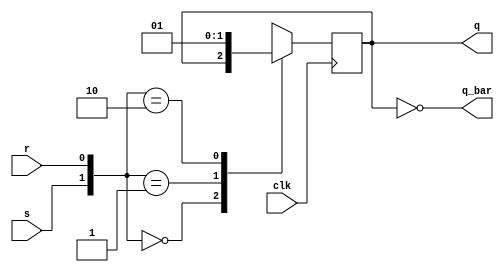
`timescale 1ns / 1ps
//////////////////////////////////////////////////////////////////////////////////
// Company: 
// Engineer: 
// 
// Design Name: 
// Module Name: sr_ff
// Project Name: 
// Target Devices: 
// Tool Versions: 
// Description: 
// 
// Dependencies: 
// 
// Revision:
// Revision 0.01 - File Created
// Additional Comments:
// 
//////////////////////////////////////////////////////////////////////////////////


module sr_ff(
    input s,
    input r,
    input clk,
    output reg q,
    output q_bar
    );
    always @(posedge clk) 
    begin 
    case({s,r}) 
    2'b00:q=q;
    2'b01:q=0;
    2'b10:q=1;
    2'b11:q=2'bXX;
    default:q=q;
    endcase
    
    end
    assign q_bar=~q;
endmodule